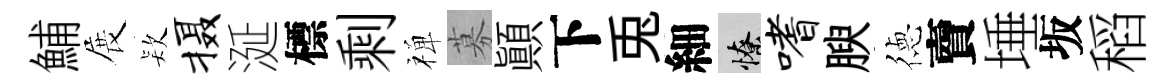
鯆展𣣇摄涎標剩禅募顚下兎細憭嗜腴徳𧶠埵坂稻